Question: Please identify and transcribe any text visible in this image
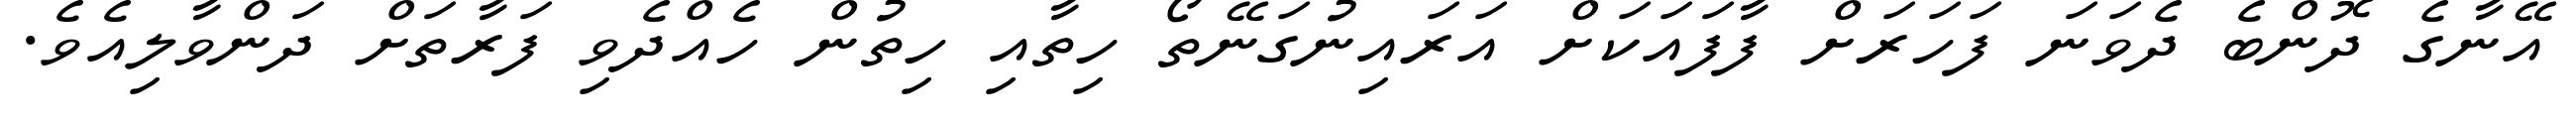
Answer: އޭނާގެ ދޮންބެ ދެވަނަ ފަހަރަށް ފާފައަކަށް އަރައިނުގަނޭތޯ ހިތާއި ހިތުން ހެއްދެވި ފަރާތަށް ދަންވާލިއެވެ.